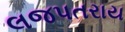
લજપતરાય